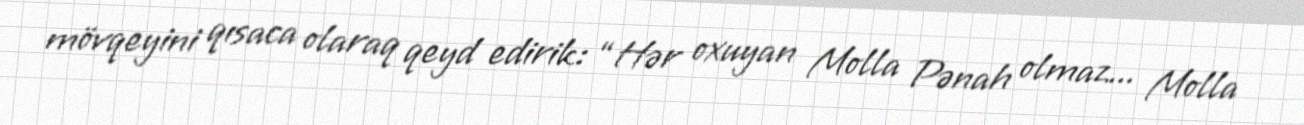
mövqeyini qısaca olaraq qeyd edirik: “Hər oxuyan Molla Pənah olmaz... Molla